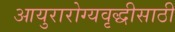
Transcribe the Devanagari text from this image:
आयुरारोग्यवृद्धीसाठी